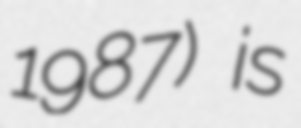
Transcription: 1987) is